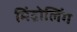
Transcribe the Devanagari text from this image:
मिंद्रोलिंग